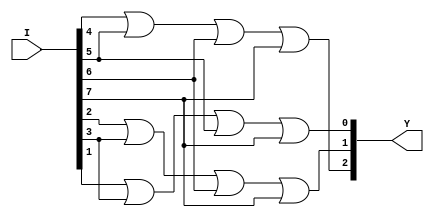
module encoder8_3(input [7:0] I,output  [2:0] Y );
  or(Y[2],I[4],I[5],I[6],I[7]);
  or(Y[1],I[2],I[3],I[6],I[7]);
  or(Y[0],I[1],I[3],I[5],I[7]);
endmodule